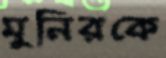
মুনিরকে